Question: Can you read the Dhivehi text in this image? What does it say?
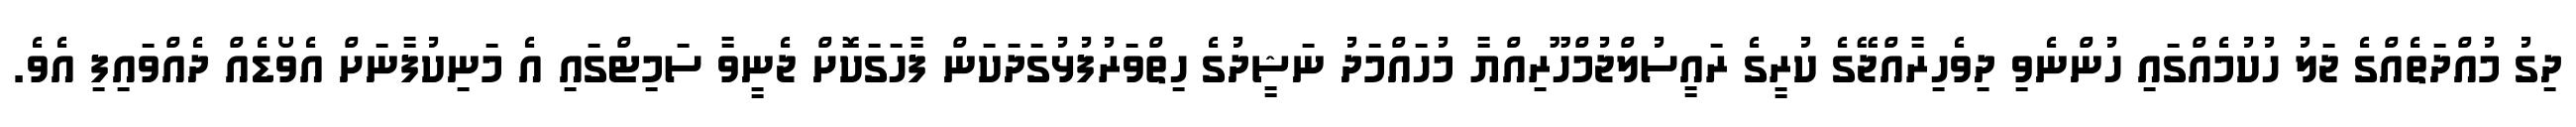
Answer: ދިގު މުއްދަތެއްގެ ޖަލު ހުކުމެއްގައި ހުންނެވި ދިވެހިރާއްޖޭގެ ކުރީގެ ރައީސުލްޖުމްހޫރިއްޔާ މުހައްމަދު ނަޝީދުގެ ހިތްވަރުފުޅުގަދަކަން ފާހަގަކޮށް ޖެނީވާ ސަމިޓްގައި އެ މަނިކުފާނަށް އެވޯޑެއް ދެއްވައިފި އެވެ.